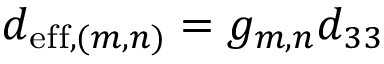
d _ { \mathrm { { e f f } } , ( m , n ) } = { g } _ { { m } , { n } } d _ { 3 3 }